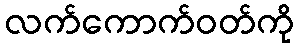
လက်ကောက်ဝတ်ကို